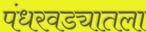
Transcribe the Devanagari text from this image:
पंधरवड्यातला